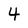
Character: 4